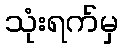
သုံးရက်မှ